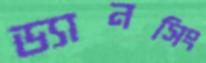
ড্যানসিং